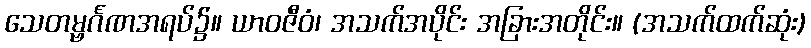
သေတမ္ဗင်္ဂဏအရပ်၌။ ယာဝဇီဝံ၊ အသက်အပိုင်း အခြားအတိုင်း။ (အသက်ထက်ဆုံး)